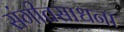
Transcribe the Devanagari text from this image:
संगीतसाधना